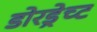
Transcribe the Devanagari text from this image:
डोरड्रेच्ट